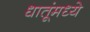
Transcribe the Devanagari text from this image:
धातूंमध्ये